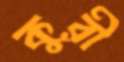
কুরী